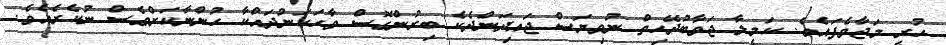
ހުރީ މަޖާވެފައެވެ. ކަމީލާ ޖަވާބުދޭހިތް ނުވިޔަސް ޖައިދަންދެކެ ބިރުންގޮސް ވާހަކަނުދައްކާ ހުންނާކަށްވެސް ނުކެރެއެވެ.